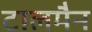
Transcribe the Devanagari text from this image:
टालमैन